Lunatic asylums Madras 1877-1891 - 1877-1891
Year: 1877
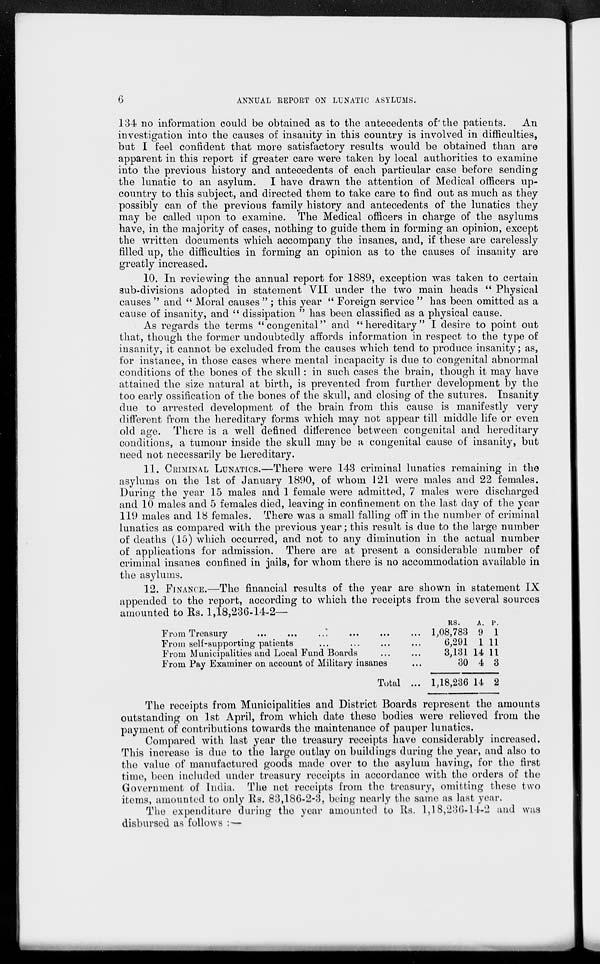
6
ANNUAL REPORT ON LUNATIC ASYLUMS.
134 no information could be obtained as to the antecedents of the patients. An
investigation into the causes of insanity in this country is involved in difficulties,
but I feel confident that more satisfactory results would be obtained than are
apparent in this report if greater care were taken by local authorities to examine
into the previous history and antecedents of each particular case before sending
the lunatic to an asylum. I have drawn the attention of Medical officers up-
country to this subject, and directed them to take care to find out as much as they
possibly can of the previous family history and antecedents of the lunatics they
may be called upon to examine. The Medical officers in charge of the asylums
have, in the majority of cases, nothing to guide them in forming an opinion, except
the written documents which accompany the insanes, and, if these are carelessly
filled up, the difficulties in forming an opinion as to the causes of insanity are
greatly increased.
10. In reviewing the annual report for 1889, exception was taken to certain
sub-divisions adopted in statement VII under the two main heads " Physical
causes " and " Moral causes " ; this year " Foreign service " has been omitted as a
cause of insanity, and " dissipation " has been classified as a physical cause.
As regards the terms "congenital" and " hereditary" I desire to point out
that, though the former undoubtedly affords information in respect to the type of
insanity, it cannot be excluded from the causes which tend to produce insanity; as,
for instance, in those cases where mental incapacity is due to congenital abnormal
conditions of the bones of the skull: in such cases the brain, though it may have
attained the size natural at birth, is prevented from further development by the
too early ossification of the bones of the skull, and closing of the sutures. Insanity
due to arrested development of the brain from this cause is manifestly very
different from the hereditary forms which may not appear till middle life or even
old age. There is a well defined difference between congenital and hereditary
conditions, a tumour inside the skull may be a congenital cause of insanity, but
need not necessarily be hereditary.
11. CRIMINAL LUNATICS.—There were 143 criminal lunatics remaining in the
asylums on the 1st of January 1890, of whom 121 were males and 22 females.
During the year 15 males and 1 female were admitted, 7 males were discharged
and 10 males and 5 females died, leaving in confinement on the last day of the year
119 males and 18 females. There was a small falling off in the number of criminal
lunatics as compared with the previous year; this result is due to the large number
of deaths (15) which occurred, and not to any diminution in the actual number
of applications for admission. There are at present a considerable number of
criminal insanes confined in jails, for whom there is no accommodation available in
the asylums.
12. FINANCE.—The financial results of the year are shown in statement IX
appended to the report, according to which the receipts from the several sources
amounted to Rs. 1,18,236-14-2—
From Treasury
...
...
...
...
...
...
From self-supporting patients
...
...
...
...
From Municipalities and Local Fund Boards
...
...
From Pay Examiner on account of Military insanes ...
Total ...
RS.
1,08,783
6,291
3,131
30
1,18,236
A.
9
1
14
4
14
P.
1
11
11
3
2
The receipts from Municipalities and District Boards represent the amounts
outstanding on 1st April, from which date these bodies were relieved from the
payment of contributions towards the maintenance of pauper lunatics.
Compared with last year the treasury receipts have considerably increased.
This increase is due to the large outlay on buildings during the year, and also to
the value of manufactured goods made over to the asylum having, for the first
time, been included under treasury receipts in accordance with the orders of the
Government of India. The net receipts from the treasury, omitting these two
items, amounted to only Rs. 83,186-2-3, being nearly the same as last year.
The expenditure during the year amounted to Rs. 1,18,236-14-2 and was
disbursed as follows :—